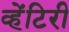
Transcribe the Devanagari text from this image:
व्हेंटिरी